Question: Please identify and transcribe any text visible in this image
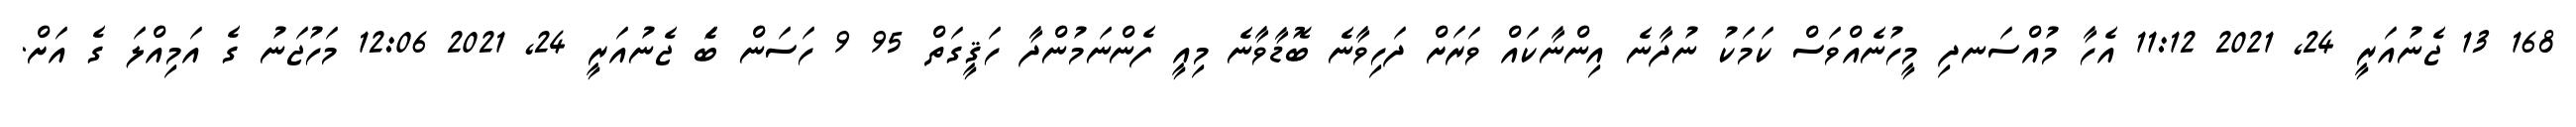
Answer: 168 13 ޖެނުއަރީ 24, 2021 11:12 އެހާ މުއްސަނދި މީހުނެއްވަސް ކަމަކު ނުދާނެ އިންނާކައް ވަރަށް ދަހިވާނެ ބޮޑާވާނެ މިއީ ފެންނަމުންދާ ހަޤީގަތް 95 9 ހަސަން ބަެ ޖެނުއަރީ 24, 2021 12:06 މަހުޖަނު ގެ އަމިއްލަ ގެ އަށް.